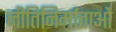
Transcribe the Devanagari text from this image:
नीतिनिर्माताओं